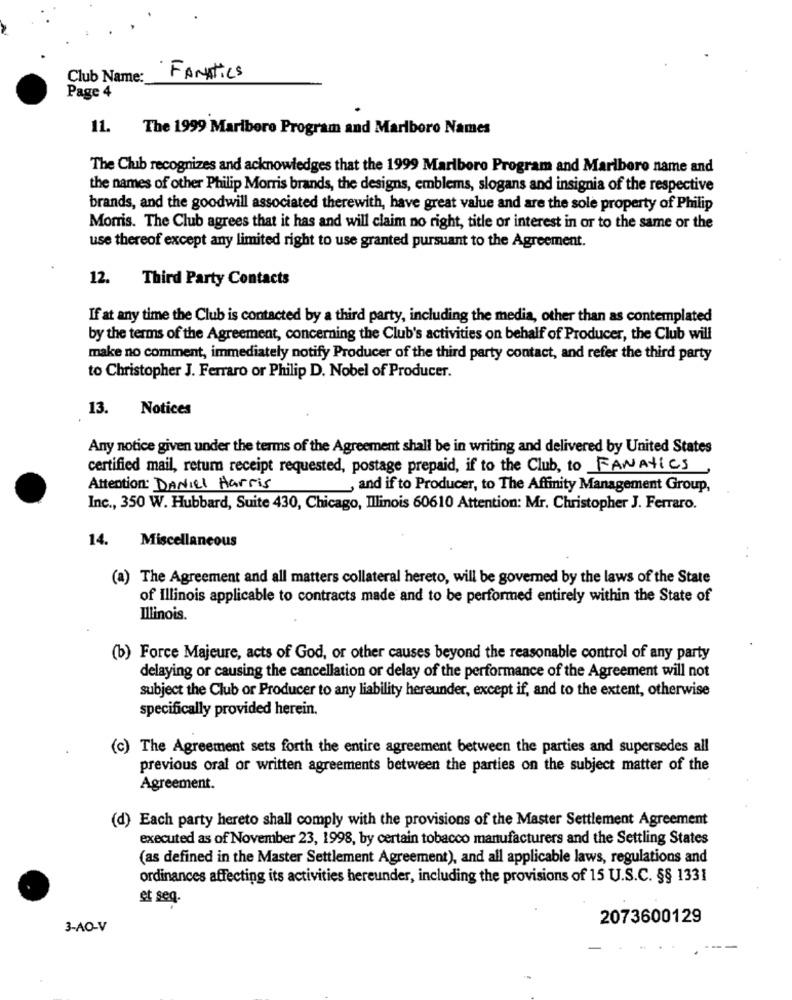
Club Name:
FANATics
Page 4
11. The 1999 Maribore Program and Marlboro Names
The Club recognizes and acknowledges that the 1999 Marlboro Program and Marlboro name and
the names of other Philip Morris brands, the designs, emblems, slogans and insignia of the respective
brands, and the goodwill associated therewith, have great value and are the sole property of Philip
Morris. The Club agrees that it has and will claim no right, title or interest in or to the same or the
use thereof except any limited right to use granted pursuant to the Agreement.
12. Third Party Contacts
If at any time the Club is contacted by a third party, including the media, other than as contemplated
by the terms of the Agreement, concerning the Club's activities on behalf of Producer, the Club will
make no comment, immediately notify Producer of the third party contact, and refer the third party
to Christopher J. Ferraro or Philip D. Nobel of Producer.
13.
Notices
Any notice given under the terms of the Agreement shall be in writing and delivered by United States
certified mail, return receipt requested, postage prepaid, if to the Club, to FANATICS
Attention: DANIEL Harris
and if to Producer, to The Affinity Management Group,
Inc ., 350 W. Hubbard, Suite 430, Chicago, Illinois 60610 Attention: Mr. Christopher J. Ferraro.
14.
Miscellaneous
(a) The Agreement and all matters collateral hereto, will be governed by the laws of the State
of Illinois applicable to contracts made and to be performed entirely within the State of
Illinois.
(b) Force Majeure, acts of God, or other causes beyond the reasonable control of any party
delaying or causing the cancellation or delay of the performance of the Agreement will not
subject the Club or Producer to any liability hereunder, except if, and to the extent, otherwise
specifically provided herein.
(c) The Agreement sets forth the entire agreement between the parties and supersedes all
previous oral or written agreements between the parties on the subject matter of the
Agreement.
(d) Each party hereto shall comply with the provisions of the Master Settlement Agreement
executed as of November 23, 1998, by certain tobacco manufacturers and the Settling States
(as defined in the Master Settlement Agreement), and all applicable laws, regulations and
ordinances affecting its activities hereunder, including the provisions of 15 U.S.C. §§ 1331
et seq.
2073600129
3-AO-V